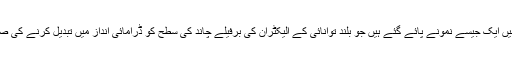
میماس اور تیتھس دونوں میں ایک جیسے نمونے پائے گئے ہیں جو بلند توانائی کے الیکٹران کی برفیلے چاند کی سطح کو ڈرامائی انداز میں تبدیل کرنے کی صلاحیت کو بیان کرتے ہیں۔